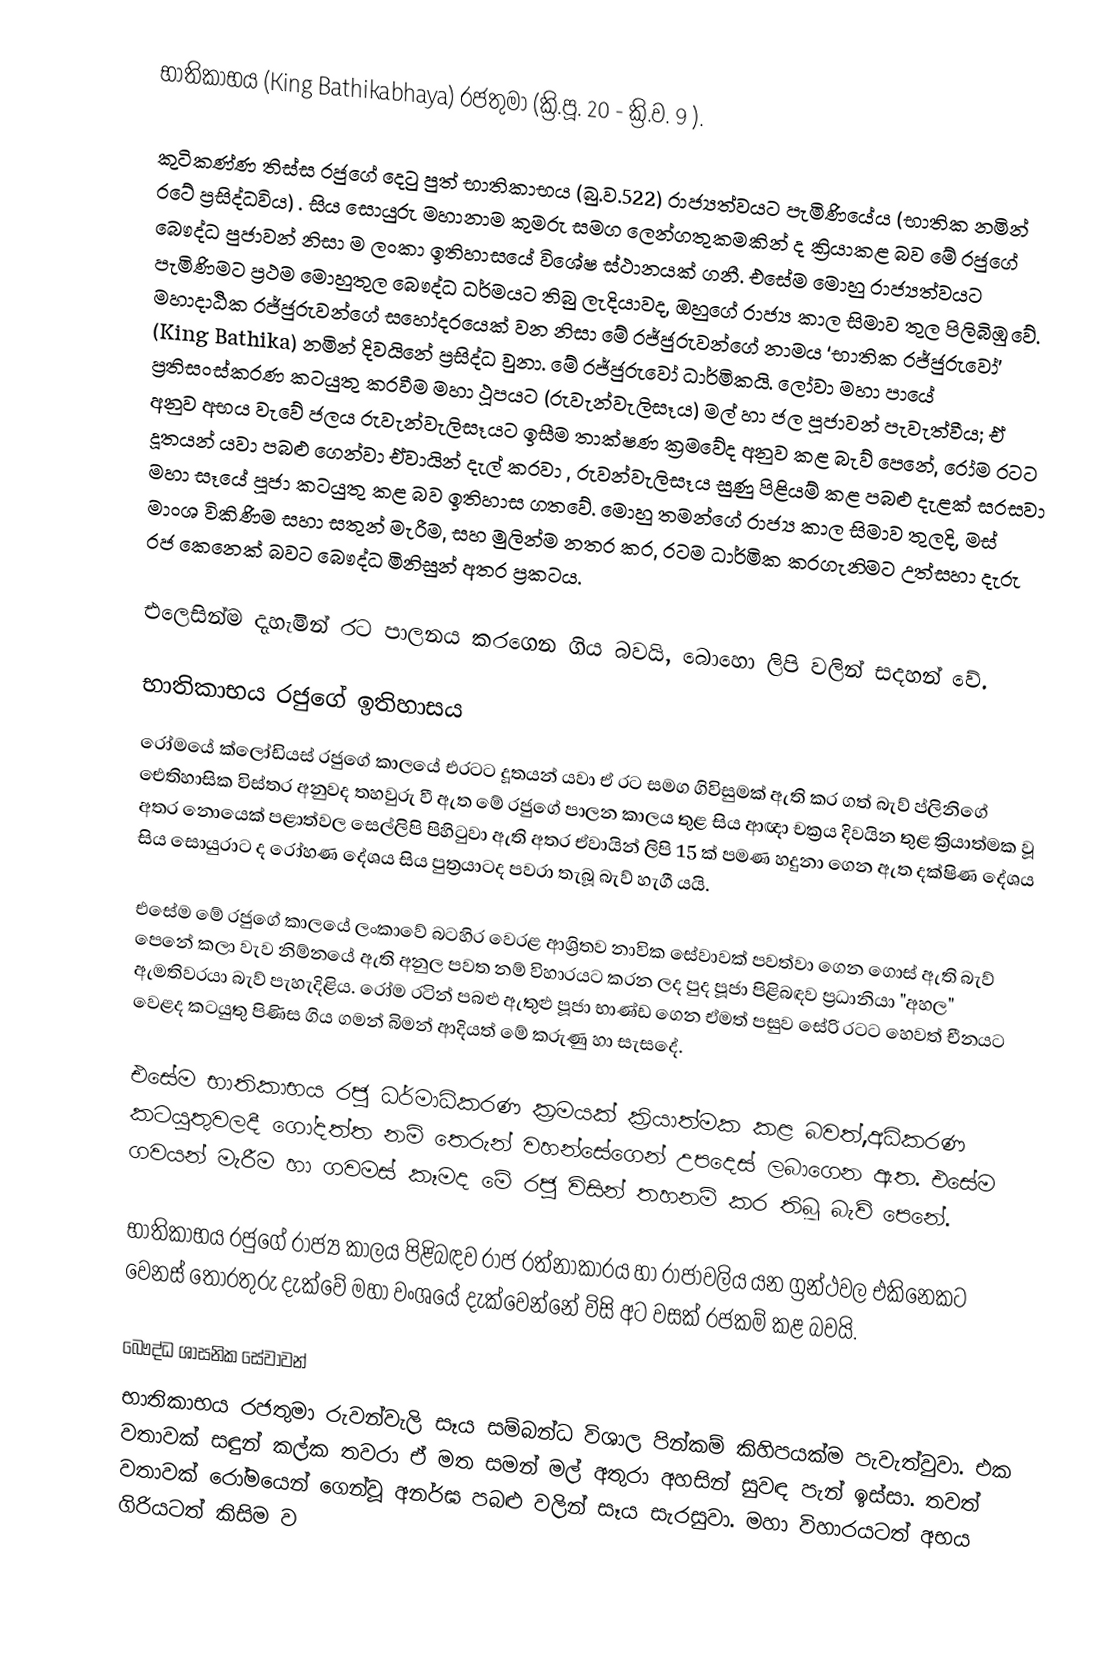
භාතිකාභය (King Bathikabhaya) රජතුමා (ක්‍රි.පූ. 20 -  ක්‍රි.ව. 9 ).

කුටිකණ්ණ තිස්ස රජුගේ දෙටු පුත් භාතිකාභය (බු.ව.522) රාජ්‍යත්වයට පැමිණියේය (භාතික නමින් රටේ ප්‍රසිද්ධවිය) . සිය සොයුරු මහානාම කුමරු සමග ලෙන්ගතුකමකින් ද ක්‍රියාකළ බව මේ රජුගේ බෞද්ධ පුජාවන් නිසා ම ලංකා ඉතිහාසයේ විශේෂ ස්ථානයක් ගනී. එසේම මොහු රාජ්‍යත්වයට පැමිණිමට ප්‍රථම මොහුතුල බෞද්ධ ධර්මයට තිබු ලැදියාවද, ඔහුගේ රාජ්‍ය කාල සිමාව තුල පිලිබිඹු වේ.  මහාදාඨික රජ්ජුරුවන්ගේ සහෝදරයෙක් වන නිසා මේ රජ්ජුරුවන්ගේ නාමය ‘භාතික රජ්ජුරුවෝ’ (King Bathika) නමින් දිවයිනේ ප්‍රසිද්ධ වුනා. මේ රජ්ජුරුවෝ ධාර්මිකයි. ලෝවා මහා පායේ ප්‍රතිසංස්කරණ කටයුතු කරවීම මහා ථූපයට (රුවැන්වැලිසෑය) මල් හා ජල පූජාවන් පැවැත්වීය; ඒ අනුව අභය වැවේ ජලය රුවැන්වැලිසෑයට ඉසීම තාක්ෂණ ක්‍රමවේද අනුව කළ බැව් පෙනේ, රෝම රටට දූතයන් යවා පබළු ගෙන්වා ඒවායින් දැල් කරවා , රුවන්වැලිසෑය සුණු පිළියම් කළ පබළු දැළක් සරසවා මහා සෑයේ පූජා කටයුතු කළ බව ඉතිහාස ගතවේ. මොහු තමන්ගේ රාජ්‍ය කාල සිමාව තුලදි, මස් මාංශ විකිණිම සහා සතුන් මැරීම, සහ මුලින්ම නතර කර, රටම ධාර්මික කරගැනිමට උත්සහා දැරු රජ කෙනෙක් බවට බෞද්ධ මිනිසුන් අතර ප්‍රකටය.

එලෙසින්ම දැහැමින් රට පාලනය කරගෙන ගිය බවයි, බොහො ලිපි වලින් සදහන් වේ.

භාතිකාභය රජුගේ ඉතිහාසය
රෝමයේ ක්ලෝඩියස් රජුගේ කාලයේ එරටට දූතයන් යවා ඒ රට සමග ගිවිසුමක් ඇති කර ගත් බැව් ප්ලිනිගේ ඓතිහාසික විස්තර අනුවද තහවුරු වී ඇත මේ රජුගේ පාලන කාලය තුළ සිය ආඥා චක්‍රය දිවයින තුළ ක්‍රියාත්මක වූ අතර නොයෙක් පළාත්වල සෙල්ලිපි පිහිටුවා ඇති අතර ඒවායින් ලිපි 15 ක් පමණ හදුනා ගෙන ඇත දක්ෂිණ දේශය සිය සොයුරාට ද රෝහණ දේශය සිය පුත්‍රයාටද පවරා තැබූ බැව් හැගී යයි.

එසේම මේ රජුගේ කාලයේ ලංකාවේ බටහිර වෙරළ ආශ්‍රිතව නාවික සේවාවක් පවත්වා ගෙන ගොස් ඇති බැව් පෙනේ කලා වැව නිම්නයේ ඇති අනුල පවත නම් විහාරයට කරන ලද පුද පූජා පිළිබඳව ප්‍රධානියා "අහල" ඇමතිවරයා බැව් පැහැදිළිය. රෝම රටින් පබළු ඇතුළු පූජා භාණ්ඩ ගෙන ඒමත් පසුව සේරි රටට හෙවත් චීනයට වෙළද කටයුතු පිණිස ගිය ගමන් බිමන් ආදියත් මේ කරුණු හා සැසදේ.

එසේම භාතිකාභය රජු ධර්මාධිකරණ ක්‍රමයක් ක්‍රියාත්මක කළ බවත්,අධිකරණ කටයුතුවලදී ගෝදත්ත නම් තෙරුන් වහන්සේගෙන් උපදෙස් ලබාගෙන ඇත. එසේම ගවයන් මැරීම හා ගවමස් කෑමද මේ රජු විසින් තහනම් කර තිබූ බැව් පෙනේ.

භාතිකාභය රජුගේ රාජ්‍ය කාලය පිළිබඳව රාජ රත්නාකාරය හා රාජාවලිය යන ග්‍රන්ථවල එකිනෙකට වෙනස් තොරතුරු දැක්වේ මහා වංශයේ දැක්වෙන්නේ විසි අට වසක් රජකම් කළ බවයි.

බෞද්ධ ශාසනික සේවාවන්
භාතිකාභය රජතුමා රුවන්වැලි සෑය සම්බන්ධ විශාල පින්කම් කිහිපයක්ම පැවැත්වුවා. එක වතාවක් සඳුන් කල්ක තවරා ඒ මත සමන් මල් අතුරා අහසින් සුවඳ පැන් ඉස්සා. තවත් වතාවක් රෝමයෙන් ගෙන්වූ අනර්ඝ පබළු වලින් සෑය සැරසුවා. මහා විහාරයටත් අභය ගිරියටත් කිසිම ව